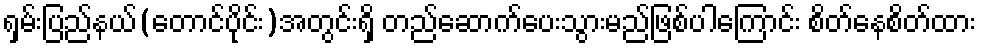
ရှမ်းပြည်နယ်(တောင်ပိုင်း)အတွင်းရှိ တည်ဆောက်ပေးသွားမည်ဖြစ်ပါကြောင်း စိတ်နေစိတ်ထား